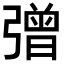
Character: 𢐞